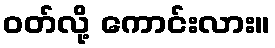
ဝတ်လို့ ကောင်းလား။